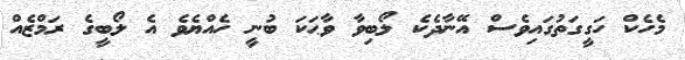
މެހެކް ހަގީގަތުގައިވެސް އޭނާދެކެ ލޯބިވާ ވާޙަކަ ބުނީ ހެއްޔެވެ އެ ލޯބީގެ ރަމްޒެއް